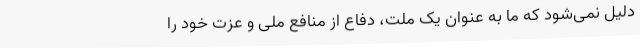
دلیل نمی‌شود که ما به عنوان یک ملت، دفاع از منافع ملی و عزت خود را